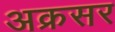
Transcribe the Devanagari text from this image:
अक्रसर